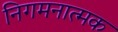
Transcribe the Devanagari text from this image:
निगमनात्‍मक